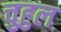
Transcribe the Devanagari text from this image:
चुहुल